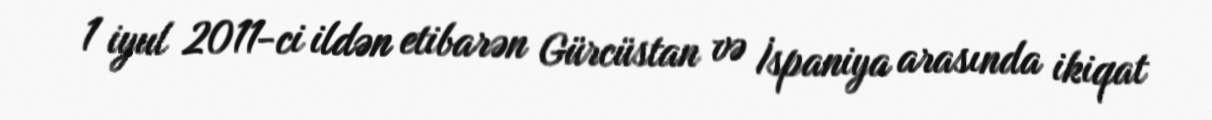
1 iyul 2011-ci ildən etibarən Gürcüstan və İspaniya arasında ikiqat